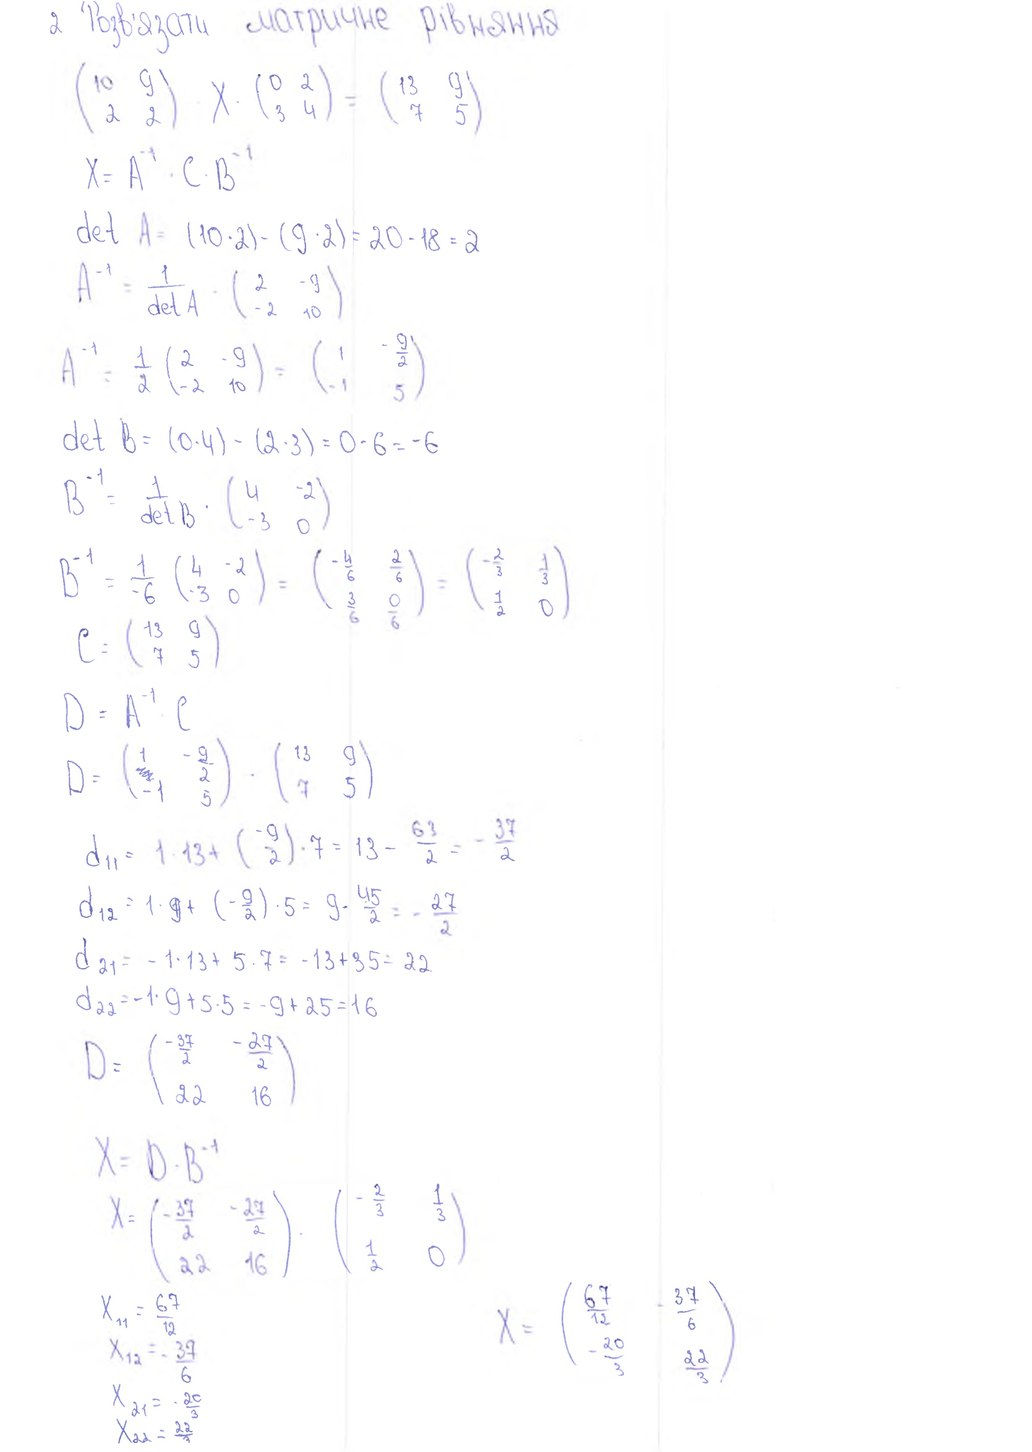
2 Розв'язати матричне рівняння
\begin{pmatrix} 10 & 9 \\ 2 & 2 \end{pmatrix} \cdot X \cdot \begin{pmatrix} 0 & 2 \\ 3 & 4 \end{pmatrix} = \begin{pmatrix} 13 & 9 \\ 7 & 5 \end{pmatrix}
X = A^{-1} \cdot C \cdot B^{-1}
det A = (10 \cdot 2) - (9 \cdot 2) = 20 - 18 = 2
A^{-1} = \frac{1}{\det A} \cdot \begin{pmatrix} 2 & -9 \\ -2 & 10 \end{pmatrix}
A^{-1} = \frac{1}{2} \begin{pmatrix} 2 & -9 \\ -2 & 10 \end{pmatrix} = \begin{pmatrix} 1 & -\frac{9}{2} \\ -1 & 5 \end{pmatrix}
\det B = (0 \cdot 4) - (2 \cdot 3) = 0 - 6 = -6
B^{-1} = \frac{1}{\det B} \cdot \begin{pmatrix} 4 & -2 \\ -3 & 0 \end{pmatrix}
B^{-1} = \frac{1}{-6} \begin{pmatrix} 4 & -2 \\ -3 & 0 \end{pmatrix} = \begin{pmatrix} -\frac{4}{6} & \frac{2}{6} \\ \frac{3}{6} & \frac{0}{6} \end{pmatrix} = \begin{pmatrix} -\frac{2}{3} & \frac{1}{3} \\ \frac{1}{2} & 0 \end{pmatrix}
C = \begin{pmatrix} 13 & 9 \\ 7 & 5 \end{pmatrix}
D = A^{-1} C
D = \begin{pmatrix} 1 & -\frac{9}{2} \\ -1 & 5 \end{pmatrix} \cdot \begin{pmatrix} 13 & 9 \\ 7 & 5 \end{pmatrix}
d_{11} = 1 \cdot 13 + (\frac{-9}{2}) \cdot 7 = 13 - \frac{63}{2} = -\frac{37}{2}
d_{12} = 1 \cdot 9 + (-\frac{9}{2}) \cdot 5 = 9 - \frac{45}{2} = -\frac{27}{2}
d_{21} = -1 \cdot 13 + 5 \cdot 7 = -13 + 35 = 22
d_{22} = -1 \cdot 9 + 5 \cdot 5 = -9 + 25 = 16
D = \begin{pmatrix} -\frac{37}{2} & -\frac{27}{2} \\ 22 & 16 \end{pmatrix}
X = D \cdot B^{-1}
X = \begin{pmatrix} -\frac{37}{2} & -\frac{27}{2} \\ 22 & 16 \end{pmatrix} \cdot \begin{pmatrix} -\frac{2}{3} & \frac{1}{3} \\ \frac{1}{2} & 0 \end{pmatrix}
X = \begin{pmatrix} \frac{67}{12} & \frac{37}{6} \\ -\frac{20}{3} & \frac{22}{3} \end{pmatrix}
X_{11} = \frac{67}{12}
X_{12} = -\frac{37}{6}
X_{21} = -\frac{20}{3}
X_{22} = \frac{22}{3}